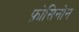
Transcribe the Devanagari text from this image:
फ्रोसिनोन